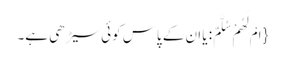
{ اَمْ لَهُمْ سُلَّمٌ: یا ان کے پاس کوئی سیڑھی ہے۔